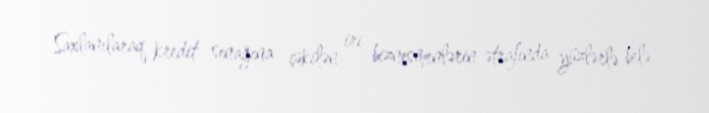
Saxlanılaraq kredit sınağına çəkilən iri biznesmenlərin ətrafında yüzlərlə belə